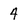
Character: 4